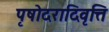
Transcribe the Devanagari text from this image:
पृषोदरादिवृत्ति